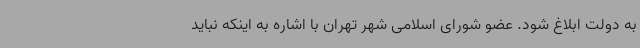
به دولت ابلاغ شود. عضو شورای اسلامی شهر تهران با اشاره به اینکه نباید